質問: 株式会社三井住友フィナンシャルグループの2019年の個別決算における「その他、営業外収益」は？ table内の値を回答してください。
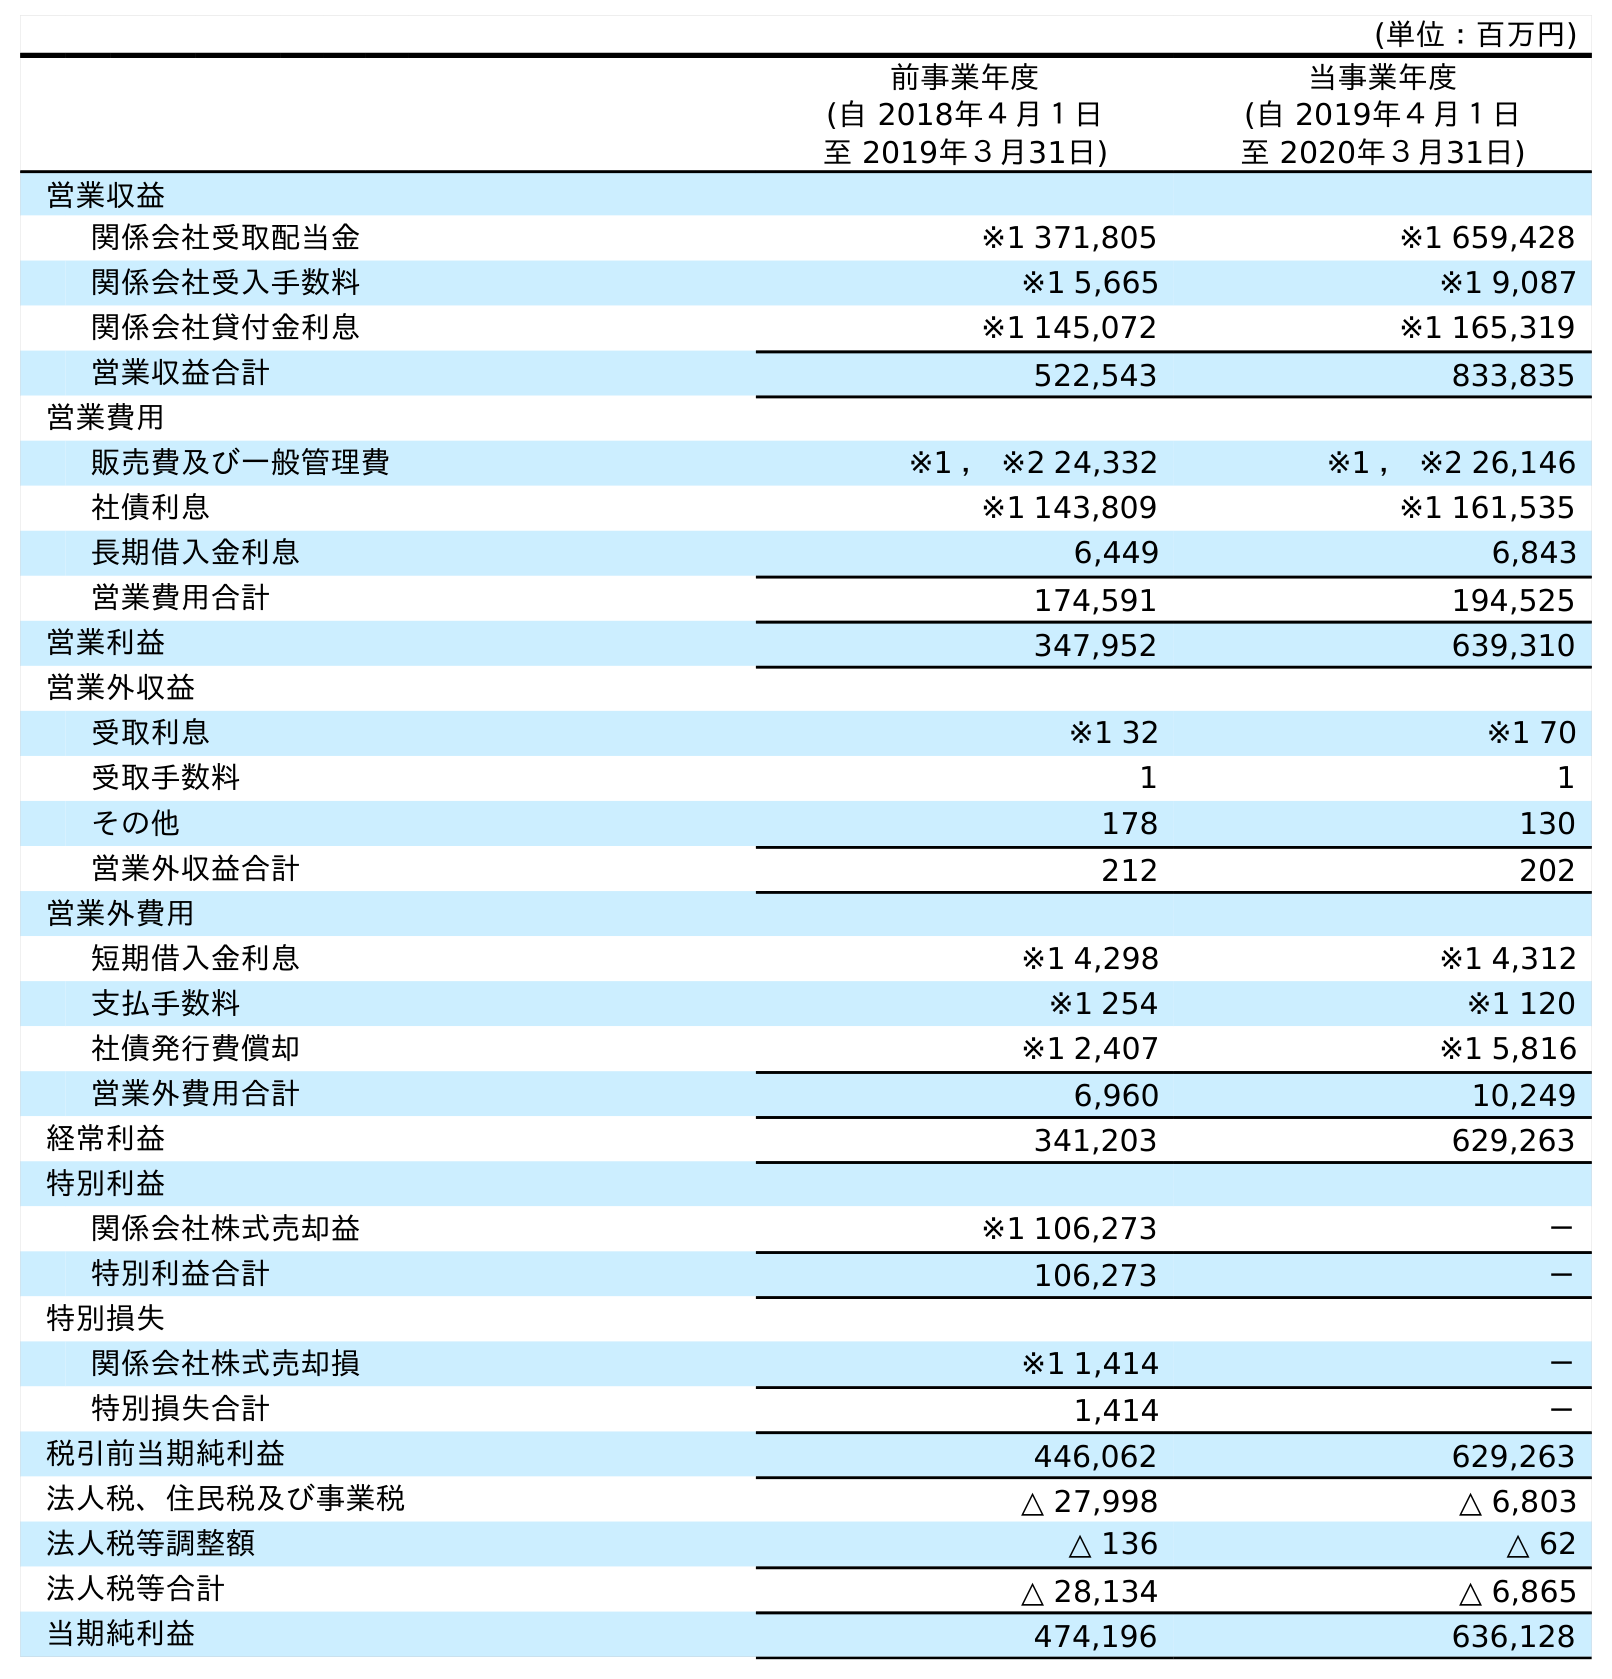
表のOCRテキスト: (単位：百万円) 前事業年度 (自 2018年４月１日 至 2019年３月31日) 当事業年度 (自 2019年４月１日 至 2020年３月31日) 営業収益 関係会社受取配当金 ※1 371,805 ※1 659,428 関係会社受入手数料 ※1 5,665 ※1 9,087 関係会社貸付金利息 ※1 145,072 ※1 165,319 営業収益合計 522,543 833,835 営業費用 販売費及び一般管理費 ※1 ， ※2 24,332 ※1 ， ※2 26,146 社債利息 ※1 143,809 ※1 161,535 長期借入金利息 6,449 6,843 営業費用合計 174,591 194,525 営業利益 347,952 639,310 営業外収益 受取利息 ※1 32 ※1 70 受取手数料 1 1 その他 178 130 営業外収益合計 212 202 営業外費用 短期借入金利息 ※1 4,298 ※1 4,312 支払手数料 ※1 254 ※1 120 社債発行費償却 ※1 2,407 ※1 5,816 営業外費用合計 6,960 10,249 経常利益 341,203 629,263 特別利益 関係会社株式売却益 ※1 106,273 － 特別利益合計 106,273 － 特別損失 関係会社株式売却損 ※1 1,414 － 特別損失合計 1,414 － 税引前当期純利益 446,062 629,263 法人税、住民税及び事業税 △ 27,998 △ 6,803 法人税等調整額 △ 136 △ 62 法人税等合計 △ 28,134 △ 6,865 当期純利益 474,196 636,128
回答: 178